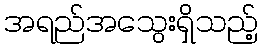
အရည်အသွေးရှိသည့်